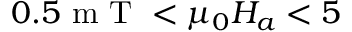
0 . 5 \mathrm { ~ m ~ T ~ } < \mu _ { 0 } H _ { a } < 5